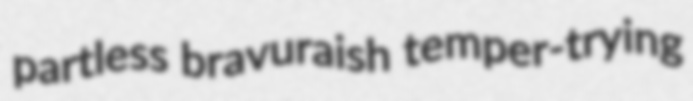
partless bravuraish temper-trying